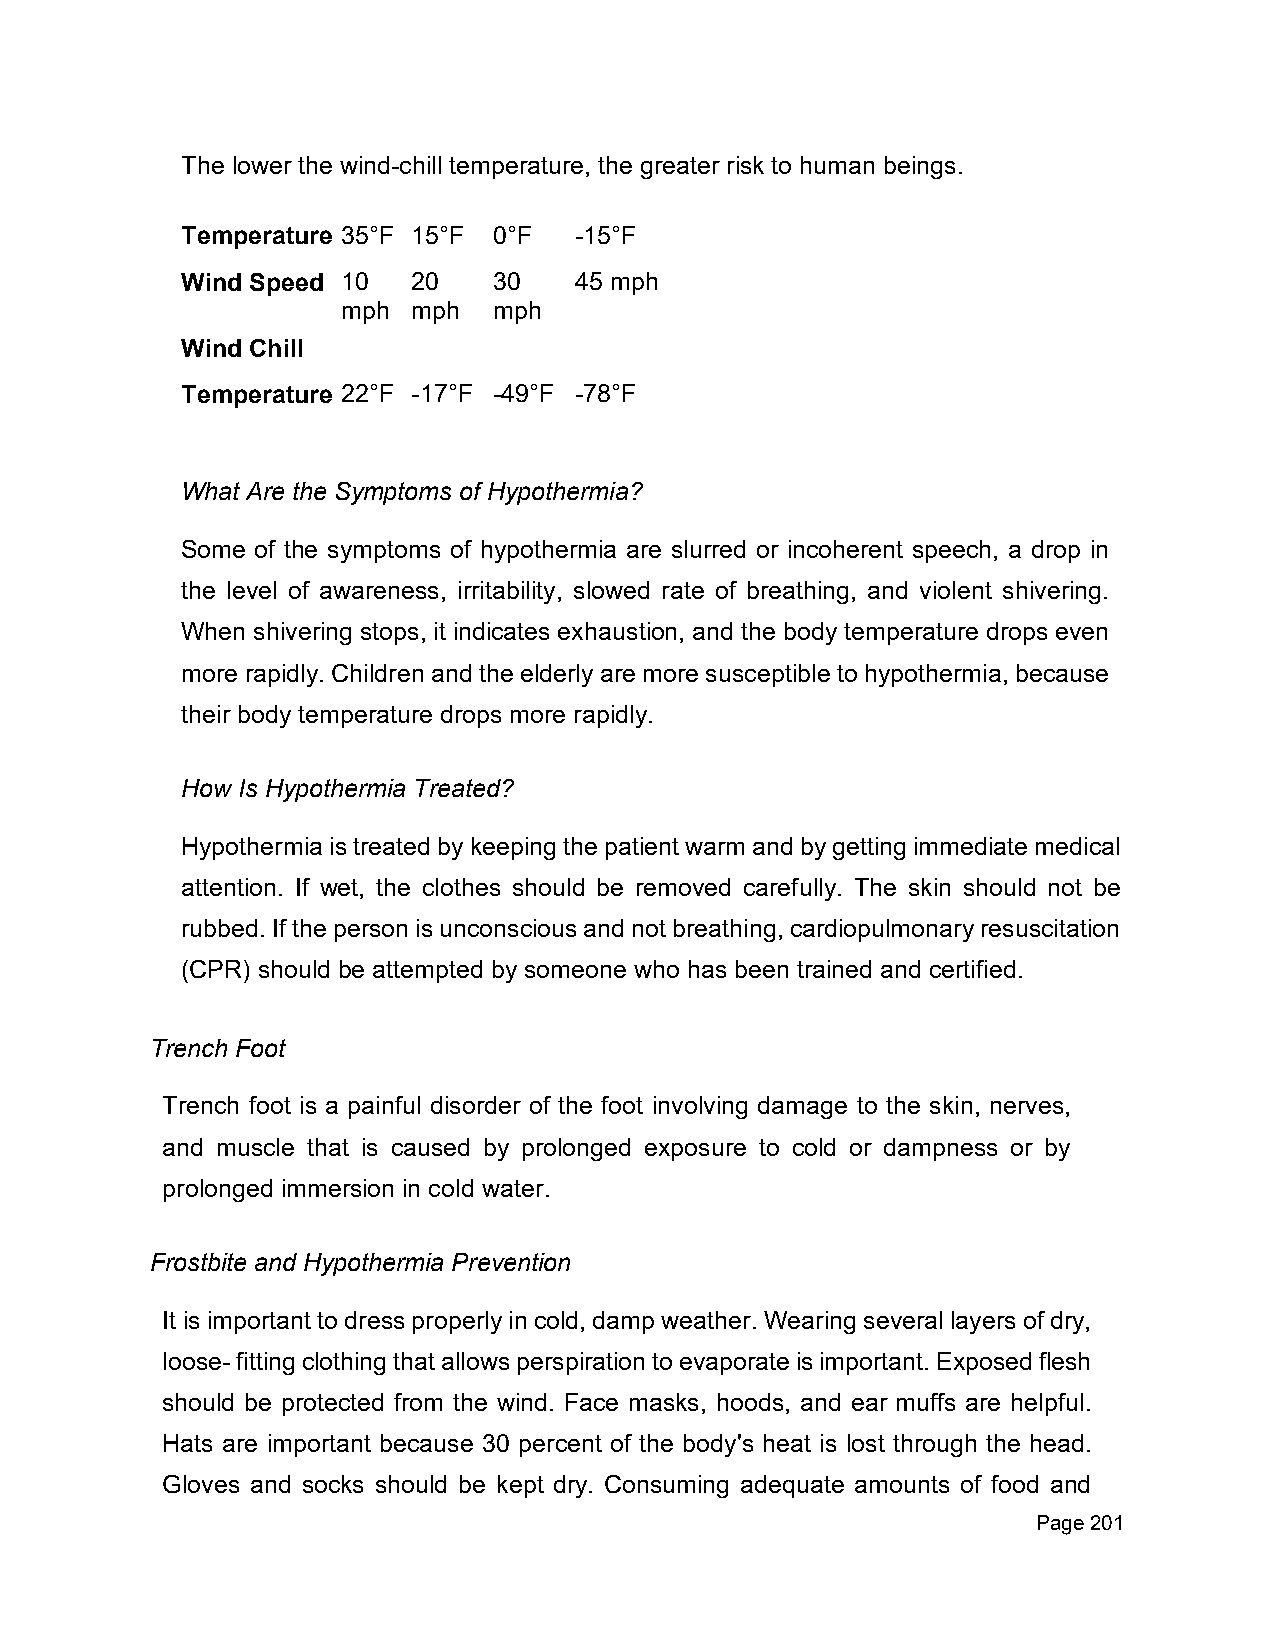
The lower the wind-chill temperature, the greater risk to human beings.
 Temperature 35°F 15°F 0°F -15°F
 Wind Speed 10  20    30   45 mph
 mph mph   mph
 Wind Chill
 Temperature 22°F -17°F -49°F -78°F
 What Are the Symptoms of Hypothermia?
 Some of the symptoms of hypothermia are slurred or incoherent speech, a drop in
 the level of awareness, irritability, slowed rate of breathing, and violent shivering.
 When shivering stops, it indicates exhaustion, and the body temperature drops even
 more rapidly. Children and the elderly are more susceptible to hypothermia, because
 their body temperature drops more rapidly.
 How Is Hypothermia Treated?
 Hypothermia is treated by keeping the patient warm and by getting immediate medical
 attention. If wet, the clothes should be removed carefully. The skin should not be
 rubbed. If the person is unconscious and not breathing, cardiopulmonary resuscitation
 (CPR) should be attempted by someone who has been trained and certified.
 Trench Foot
 Trench foot is a painful disorder of the foot involving damage to the skin, nerves,
 and muscle that is caused by prolonged exposure to cold or dampness or by
 prolonged immersion in cold water.
 Frostbite and Hypothermia Prevention
 It is important to dress properly in cold, damp weather. Wearing several layers of dry,
 loose- fitting clothing that allows perspiration to evaporate is important. Exposed flesh
 should be protected from the wind. Face masks, hoods, and ear muffs are helpful.
 Hats are important because 30 percent of the body's heat is lost through the head.
 Gloves and socks should be kept dry. Consuming adequate amounts of food and
 Page 201